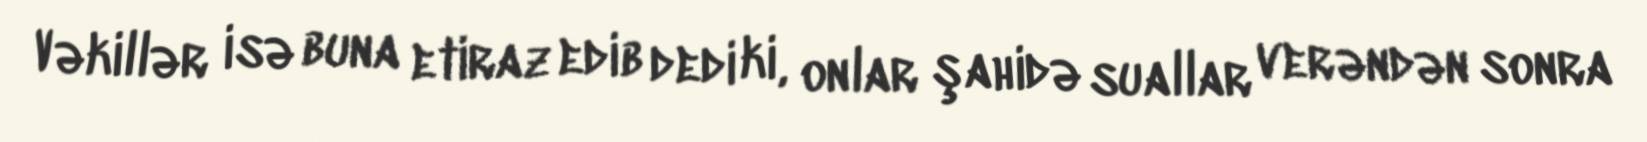
Vəkillər isə buna etiraz edib dedi ki, onlar şahidə suallar verəndən sonra